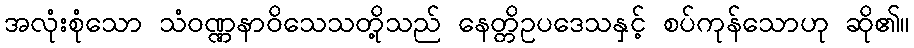
အလုံးစုံသော သံဝဏ္ဏနာဝိသေသတို့သည် နေတ္တိဥပဒေသနှင့် စပ်ကုန်သောဟု ဆို၏။